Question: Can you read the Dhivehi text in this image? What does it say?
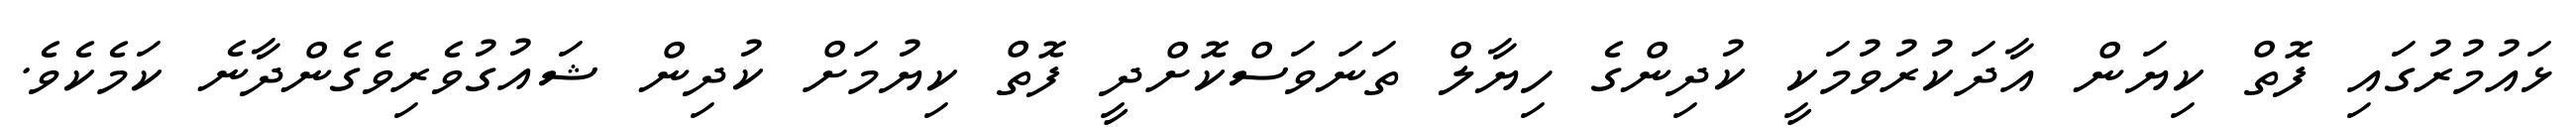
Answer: ޅައުމުރުގައި ފޮތް ކިޔަން އާދަކުރުވުމަކީ ކުދިންގެ ހިޔާލް ތަނަވަސްކޮށްދީ ފޮތް ކިޔުމަށް ކުދިން ޝައުގުވެރިވެގެންދާނެ ކަމެކެވެ.